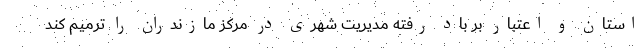
استان و اعتبار بر باد رفته مدیریت شهری در مرکز مازندران را ترمیم کند